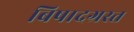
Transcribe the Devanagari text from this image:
बिषादग्रस्त